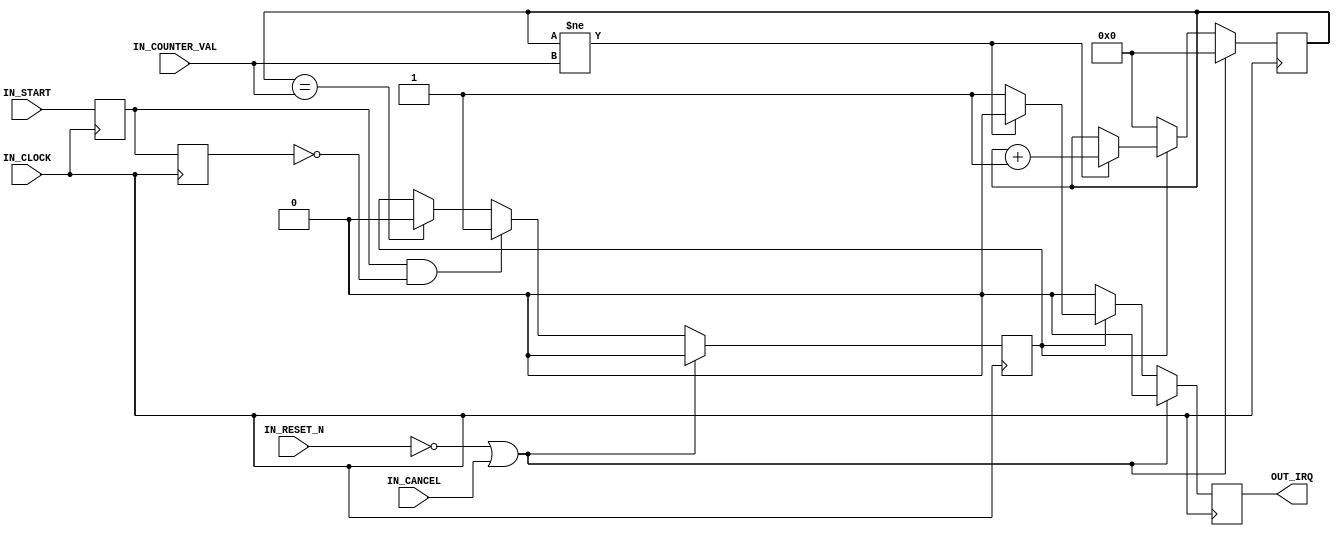
`timescale 1ns / 1ps

/////////////////////////////////////////////// WAR10CK \\\\\\\\\\\\\\\\\\\\\\\\\\\\\\\\\\\\\\\\\\\\\\\\\\\\\\
//                                                                                                          \\
//                                            , ,###*.                                                      \\
//                                       /&@@@@@@@@@@@@@@@@@@&                                              \\
//                                     @@@@%@@@@@@@@@*@@@@@@@@@@@                                           \\
//                                      @@@@(@@@@@@@@&@@@@@@@@@@&*/                                         \\
//                                        @@@@@@@@@@@@@@@@&@@@@*@(@@@                                       \\
//                                          (@@&@@@@,@@@%,@@@@(@&@@@@@,                                     \\
//                                            (@##&@%/@@(@@@@(@@@@@@@@@@                                    \\
//                                             ##@@@@@@@&(%@*@@@@@@@@*@@@@                                  \\
//                                              @@@@@@@@@@@@@(/@@@@&@@@@@@@                                 \\
//                                              @@@@@@@@@@@@@@@@%/(@@@@/@@@@@                               \\
//                                             @(&@@@@@@@@&(@@@@@@/#@(@@@@@@@@                              \\
//                                            @@@@@@@@@@@@@@@@@%@@@@@@@@@&&@@@&                             \\
//                                          @@@@@@@@@@@@@@@@@@@@@*@@@#,@@@@@@# &                            \\
//                                        @@@@@@@@@@@@@@@@@@@@@@@@@@@@/#@@@@@@@@                            \\
//                                       @@@@@@@@@@@@@@@@@@@@@@@@@@@@@@&@@@*@@@@/                           \\
//                                      @@@@@@@@@@@@@@@@@@@@@@@@@@@@@@@&/@@@@@@@@                           \\
//                                      @@@@@@@@@@@@@@@@@@@@@@@@@@@@@@@@@@@@@@@@@                           \\
//                                      (@//@*@@@@@@@@@@@@@@@@@@@@@@@#@@@#@@@@@@@                           \\
//                                     ,@@@@@@/#@@@@@@@@@@@@@@@@@@@@@%@@@@@@@@@@(                           \\
//                                     (@@#@@@@@%*@@@@@@@@@@@@@@@@@@@@@@#,,***//@                           \\
//                                     , @@@#/@@@@##@@@@@@@@@@@@@@@@@@@/&@@@@@@@&                           \\
//                                    ( &@@@@(/@@@@@(@@@@@@@//@@@@@@# ,@@@@@@@@@/                           \\
//                                   .&@@@(%@@@@@@@@@@@@@@(%@@@*@@@@  @@@@@@@@@.                            \\
//                                   @/@@@@@@@@@@@@@@@@@@%/@@@@@@@@@  @@@@@@@@                              \\
//                                   @@@@@@@@@@@@@@@@@@@@@#%@@@@(@%@, *%@@@@@                               \\
//                                  @&@@@@@@@@@@@@@@@@&@@    .&(@@@#@.@@@@@@                                \\
//                                  @%@@@@@@@@@@@@@%@@             &@/,@@@@,                                \\
//                                 &&@@@@@@@@@@@@&@                   @@@&@                                 \\
//                                 @%@@@@@@@@@&&                      &@@@@                                 \\
//                                *%@@@@@@@@#                          @@@@                                 \\
//                                @/@@@@@/                             #@@@                                 \\
//                                 @@*%                                 @@@                                 \\
//                                 @                                     @@*                                \\
//                                                                        @@                                \\
//                                                                         @@                               \\
//                                                                          &                               \\
//                                                                                                          \\
//                                                                                            ,--.          \\
//                    .---.   ,---,       ,-.----.       ,---,    ,----..     ,----..     ,--/  /|          \\
//                   /. ./|  '  .' \      \    /  \   ,`--.' |   /   /   \   /   /   \ ,---,': / '          \\
//               .--'.  ' ; /  ;    '.    ;   :    \ /    /  :  /   .     : |   :     ::   : '/ /           \\
//              /__./ \ : |:  :       \   |   | .\ ::    |.' ' .   /   ;.  \.   |  ;. /|   '   ,            \\
//          .--'.  '   \' .:  |   /\   \  .   : |: |`----':  |.   ;   /  ` ;.   ; /--` '   |  /             \\
//         /___/ \ |    ' '|  :  ' ;.   : |   |  \ :   '   ' ;;   |  ; \ ; |;   | ;    |   ;  ;             \\
//         \   \  \;      :|  |  ;/  \   \|   : .  /   |   | ||   :  | ; | '|   : |    :   '   \            \\
//          \   ;  `      |'  :  | \  \ ,';   | |  \   '   : ;.   |  ' ' ' :.   | '___ |   |    '           \\
//           .   \    .\  ;|  |  '  '--'  |   | ;\  \  |   | ''   ;  \; /  |'   ; : .'|'   : |.  \          \\
//            \   \   ' \ ||  :  :        :   ' | \.'  '   : | \   \  ',  / '   | '/  :|   | '_\.'          \\
//             :   '  |--" |  | ,'        :   : :-'    ;   |.'  ;   :    /  |   :    / '   : |              \\
//              \   \ ;    `--''          |   |.'      '---'     \   \ .'    \   \ .'  ;   |,'              \\
//               '---"                    `---'                   `---`       `---`    '---'                \\
//                                                                                                          \\
//              Module Name      : DelayHandler                                                             \\
//              Target Devices   : Target Agnostic                                                          \\
//              Description      : This core calculates and applies delays                                  \\
//                                                                                                          \\
//                                                                                                          \\
//                                                                                                          \\
//              Update Date      : 07.07.2019                                                               \\
//              Status           : Development                                                              \\
//              Notes            :                                                                          \\
//                                                                                                          \\
//                                                                                                          \\
//                                                                                                          \\
/////////////////////////////////////////////// WAR10CK \\\\\\\\\\\\\\\\\\\\\\\\\\\\\\\\\\\\\\\\\\\\\\\\\\\\\\

module DelayHandler
(
  IN_CLOCK                                                                                  ,
  IN_RESET_N                                                                                ,
  IN_START                                                                                  ,
  IN_CANCEL                                                                                 ,
  IN_COUNTER_VAL                                                                            ,
  OUT_IRQ                                                                                   
);

input                               IN_CLOCK                                                ; // Clock
input                               IN_RESET_N                                              ; // 0 For Reset, 1 For No-Reset
input                               IN_START                                                ; // Starter
input                               IN_CANCEL                                               ; // Cancel
input           [31:0]              IN_COUNTER_VAL                                          ; // Counter Value + 3 CLOCK?
output                              OUT_IRQ                                                 ; // Output

reg             [31:0]              counter_r                                               ;
reg                                 start_r                                                 ;
reg                                 start_r_d0                                              ;
reg                                 go_r                                                    ;
reg                                 done_r                                                  ;

// Rising Edge Catcher
always @ (posedge IN_CLOCK) begin
  start_r                                           <= IN_START                             ;
  start_r_d0                                        <= start_r                              ;
end

// Capture Start
always @ (posedge IN_CLOCK) begin
  if ((!IN_RESET_N) | (IN_CANCEL)) begin
    go_r                                            <= 1'b0                                 ;
  end
  else begin
    if ((start_r == 1'b1) & (start_r_d0 == 1'b0)) begin
      go_r                                          <= 1'b1                                 ;
    end
    else if (counter_r == IN_COUNTER_VAL) begin
      go_r                                          <= 1'b0                                 ;
    end
    else begin
      go_r                                          <= go_r                                 ;
    end
  end
end

// Start Timer
always @ (posedge IN_CLOCK) begin
  if ((!IN_RESET_N) | (IN_CANCEL)) begin
    counter_r                                       <= 32'h00000000                         ;
    done_r                                          <= 1'b0                                 ;
  end
  else begin
    if (go_r == 1'b1) begin
      if (counter_r != IN_COUNTER_VAL) begin
        counter_r                                   <= counter_r + 1'b1                     ;
        done_r                                      <= 1'b0                                 ;
      end
      else begin
        counter_r                                   <= counter_r                            ;
        done_r                                      <= 1'b1                                 ;
      end
    end
    else begin
      counter_r                                     <= 32'h00000000                         ;
      done_r                                        <= 1'b0                                 ;
    end
  end
end

assign OUT_IRQ                                      = done_r                                ;

endmodule